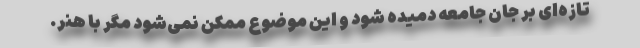
تازه‌ای بر جان جامعه دمیده شود و این موضوع ممکن نمی‌شود مگر با هنر.